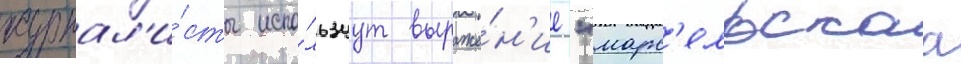
журнал'и́сты испо́льзуут выраже́н'ие "марс'ельскаа